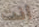
انت